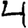
Digit: 4